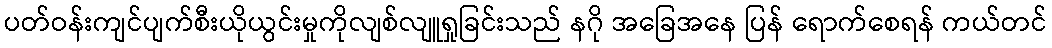
ပတ်ဝန်းကျင်ပျက်စီးယိုယွင်းမှုကိုလျစ်လျူရှုခြင်းသည် နဂို အခြေအနေ ပြန် ရောက်စေရန် ကယ်တင်